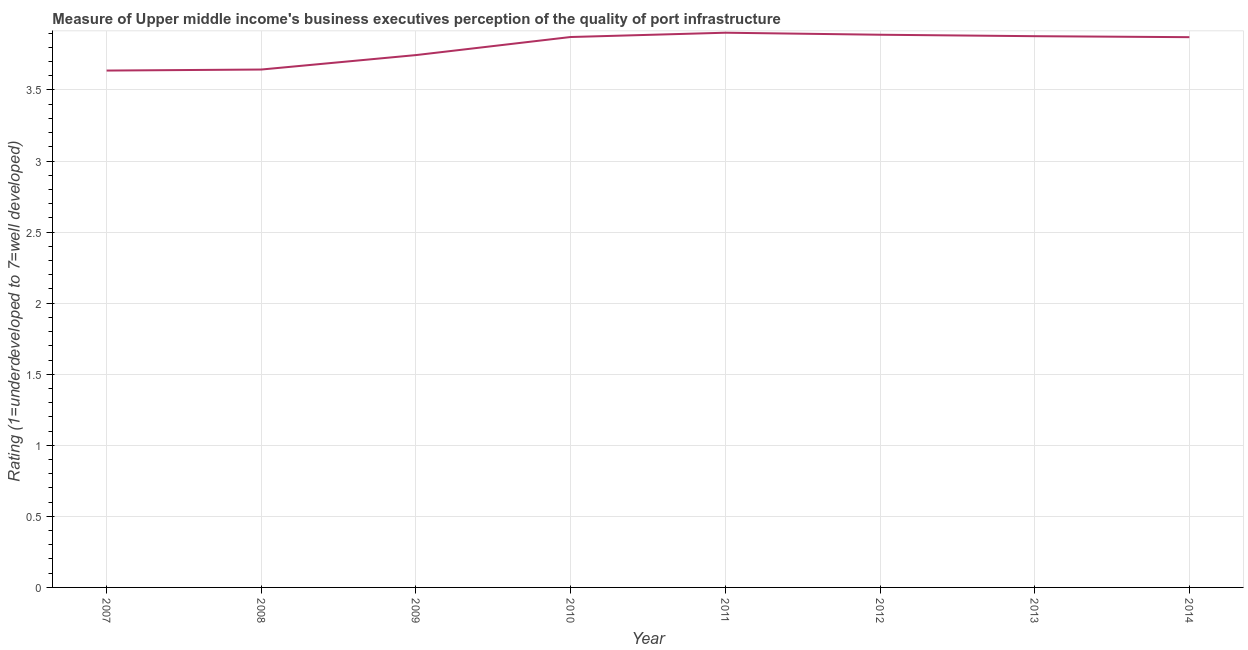
| Year | Quality of port infrastructure |
 | --- | --- |
 | 2007 | 3.64 |
 | 2008 | 3.64 |
 | 2009 | 3.75 |
 | 2010 | 3.87 |
 | 2011 | 3.9 |
 | 2012 | 3.89 |
 | 2013 | 3.88 |
 | 2014 | 3.87 |